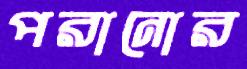
পরানোর